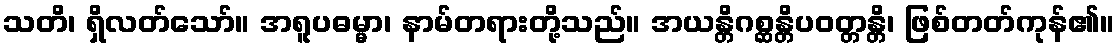
သတိ၊ ရှိလတ်သော်။ အရူပဓမ္မာ၊ နာမ်တရားတို့သည်။ အယန္တိဂစ္ဆန္တိပဝတ္တန္တိ၊ ဖြစ်တတ်ကုန်၏။